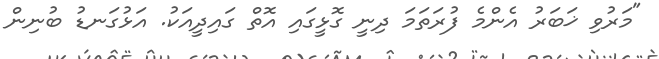
"މަރުވި ޚަބަރު އެންމެ ފުރަތަމަ ދިނީ ގޮޅީގައި އޮތް ގައިދީއަކު. އަޅުގަނޑު ބުނިން